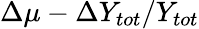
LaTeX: \Delta\mu-\Delta Y_{tot}/Y_{tot}